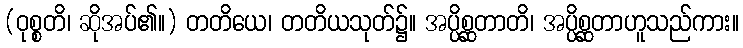
(ဝုစ္စတိ၊ ဆိုအပ်၏။) တတိယေ၊ တတိယသုတ်၌။ အပ္ပိစ္ဆတာတိ၊ အပ္ပိစ္ဆတာဟူသည်ကား။